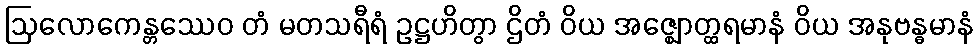
ဩလောကေန္တဿေဝ တံ မတသရီရံ ဥဋ္ဌဟိတွာ ဌိတံ ဝိယ အဇ္ဈောတ္ထရမာနံ ဝိယ အနုဗန္ဓမာနံ